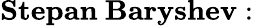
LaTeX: \mathbf{Stepan~Baryshev:}